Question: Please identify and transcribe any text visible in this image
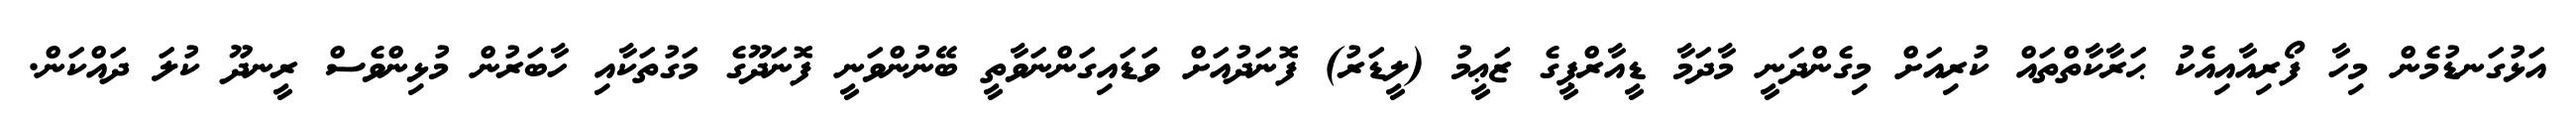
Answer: އަޅުގަނޑުމެން މިހާ ފޯރިއާއިއެކު ޙަރާކާތްތައް ކުރިއަށް މިގެންދަނީ މާދަމާ ޑީއާރްޕީގެ ޒަޢީމު (ލީޑަރު) ފޮނަދުއަށް ވަޑައިގަންނަވާތީ ބޭނުންވަނީ ފޮނަދޫގެ މަގުތަކާއި ހާބަރުން މުޅިންވެސް ރީނދޫ ކުލަ ދައްކަން.